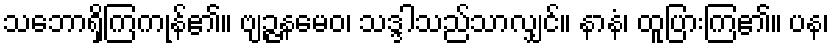
သဘောရှိကြကုန်၏။ ဗျဉ္ဇနမေဝ၊ သဒ္ဒါသည်သာလျှင်။ နာနံ၊ ထူပြားကြ၏။ ပန၊